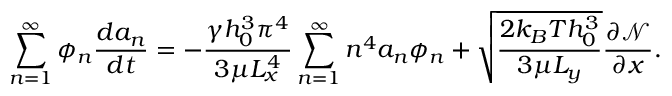
\sum _ { n = 1 } ^ { \infty } \phi _ { n } \frac { d a _ { n } } { d t } = - \frac { \gamma h _ { 0 } ^ { 3 } \pi ^ { 4 } } { 3 \mu L _ { x } ^ { 4 } } \sum _ { n = 1 } ^ { \infty } n ^ { 4 } a _ { n } \phi _ { n } + \sqrt { \frac { 2 k _ { B } T h _ { 0 } ^ { 3 } } { 3 \mu L _ { y } } } \frac { \partial \mathcal { N } } { \partial x } .